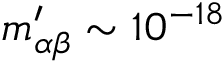
m _ { \alpha \beta } ^ { \prime } \sim 1 0 ^ { - 1 8 }